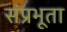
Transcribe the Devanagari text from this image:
संप्रभूता